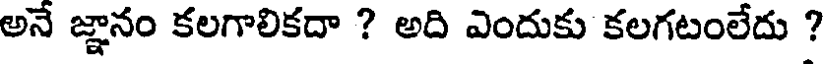
అనే జ్ఞానం కలగాలికదా ? అది ఎందుకు కలగటంలేదు ?